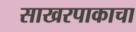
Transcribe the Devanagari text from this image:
साखरपाकाचा